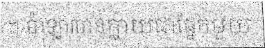
។ ប៉ាឡាវបានក្លាយជាផ្នែកមួយ